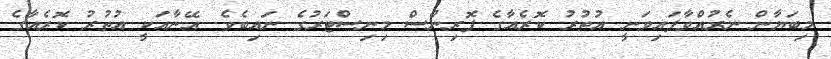
މިބަޔާން ނެރުއްވާފައިވަނީ އުތުރު ކޮރެއާގެ ފޮރިންސް މިނިސްޓަރުގެ ނައިބެވެ. އޭނާއަކީ އުތުރު ކޮރެއާގެ